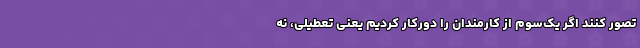
تصور کنند اگر یک‌سوم از کارمندان را دورکار کردیم یعنی تعطیلی، نه